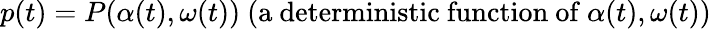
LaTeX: p(t)=P(\alpha(t),\omega(t)){\mathrm{~(a~deterministic~function~of~}}\alpha(t),\omega(t){\mathrm{)}}